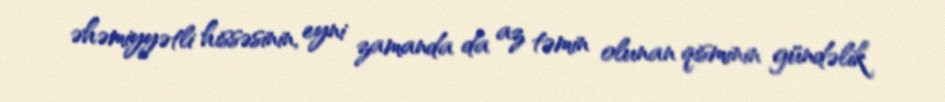
əhəmiyyətli hissəsinin, eyni zamanda da az təmin olunan qisminin gündəlik